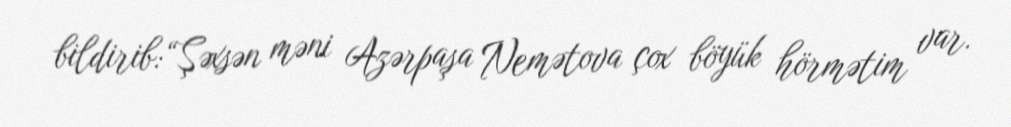
bildirib:“Şəxsən məni Azərpaşa Nemətova çox böyük hörmətim var.